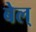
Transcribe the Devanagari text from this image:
बेल्